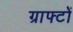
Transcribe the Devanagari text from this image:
ग्राफ्टों